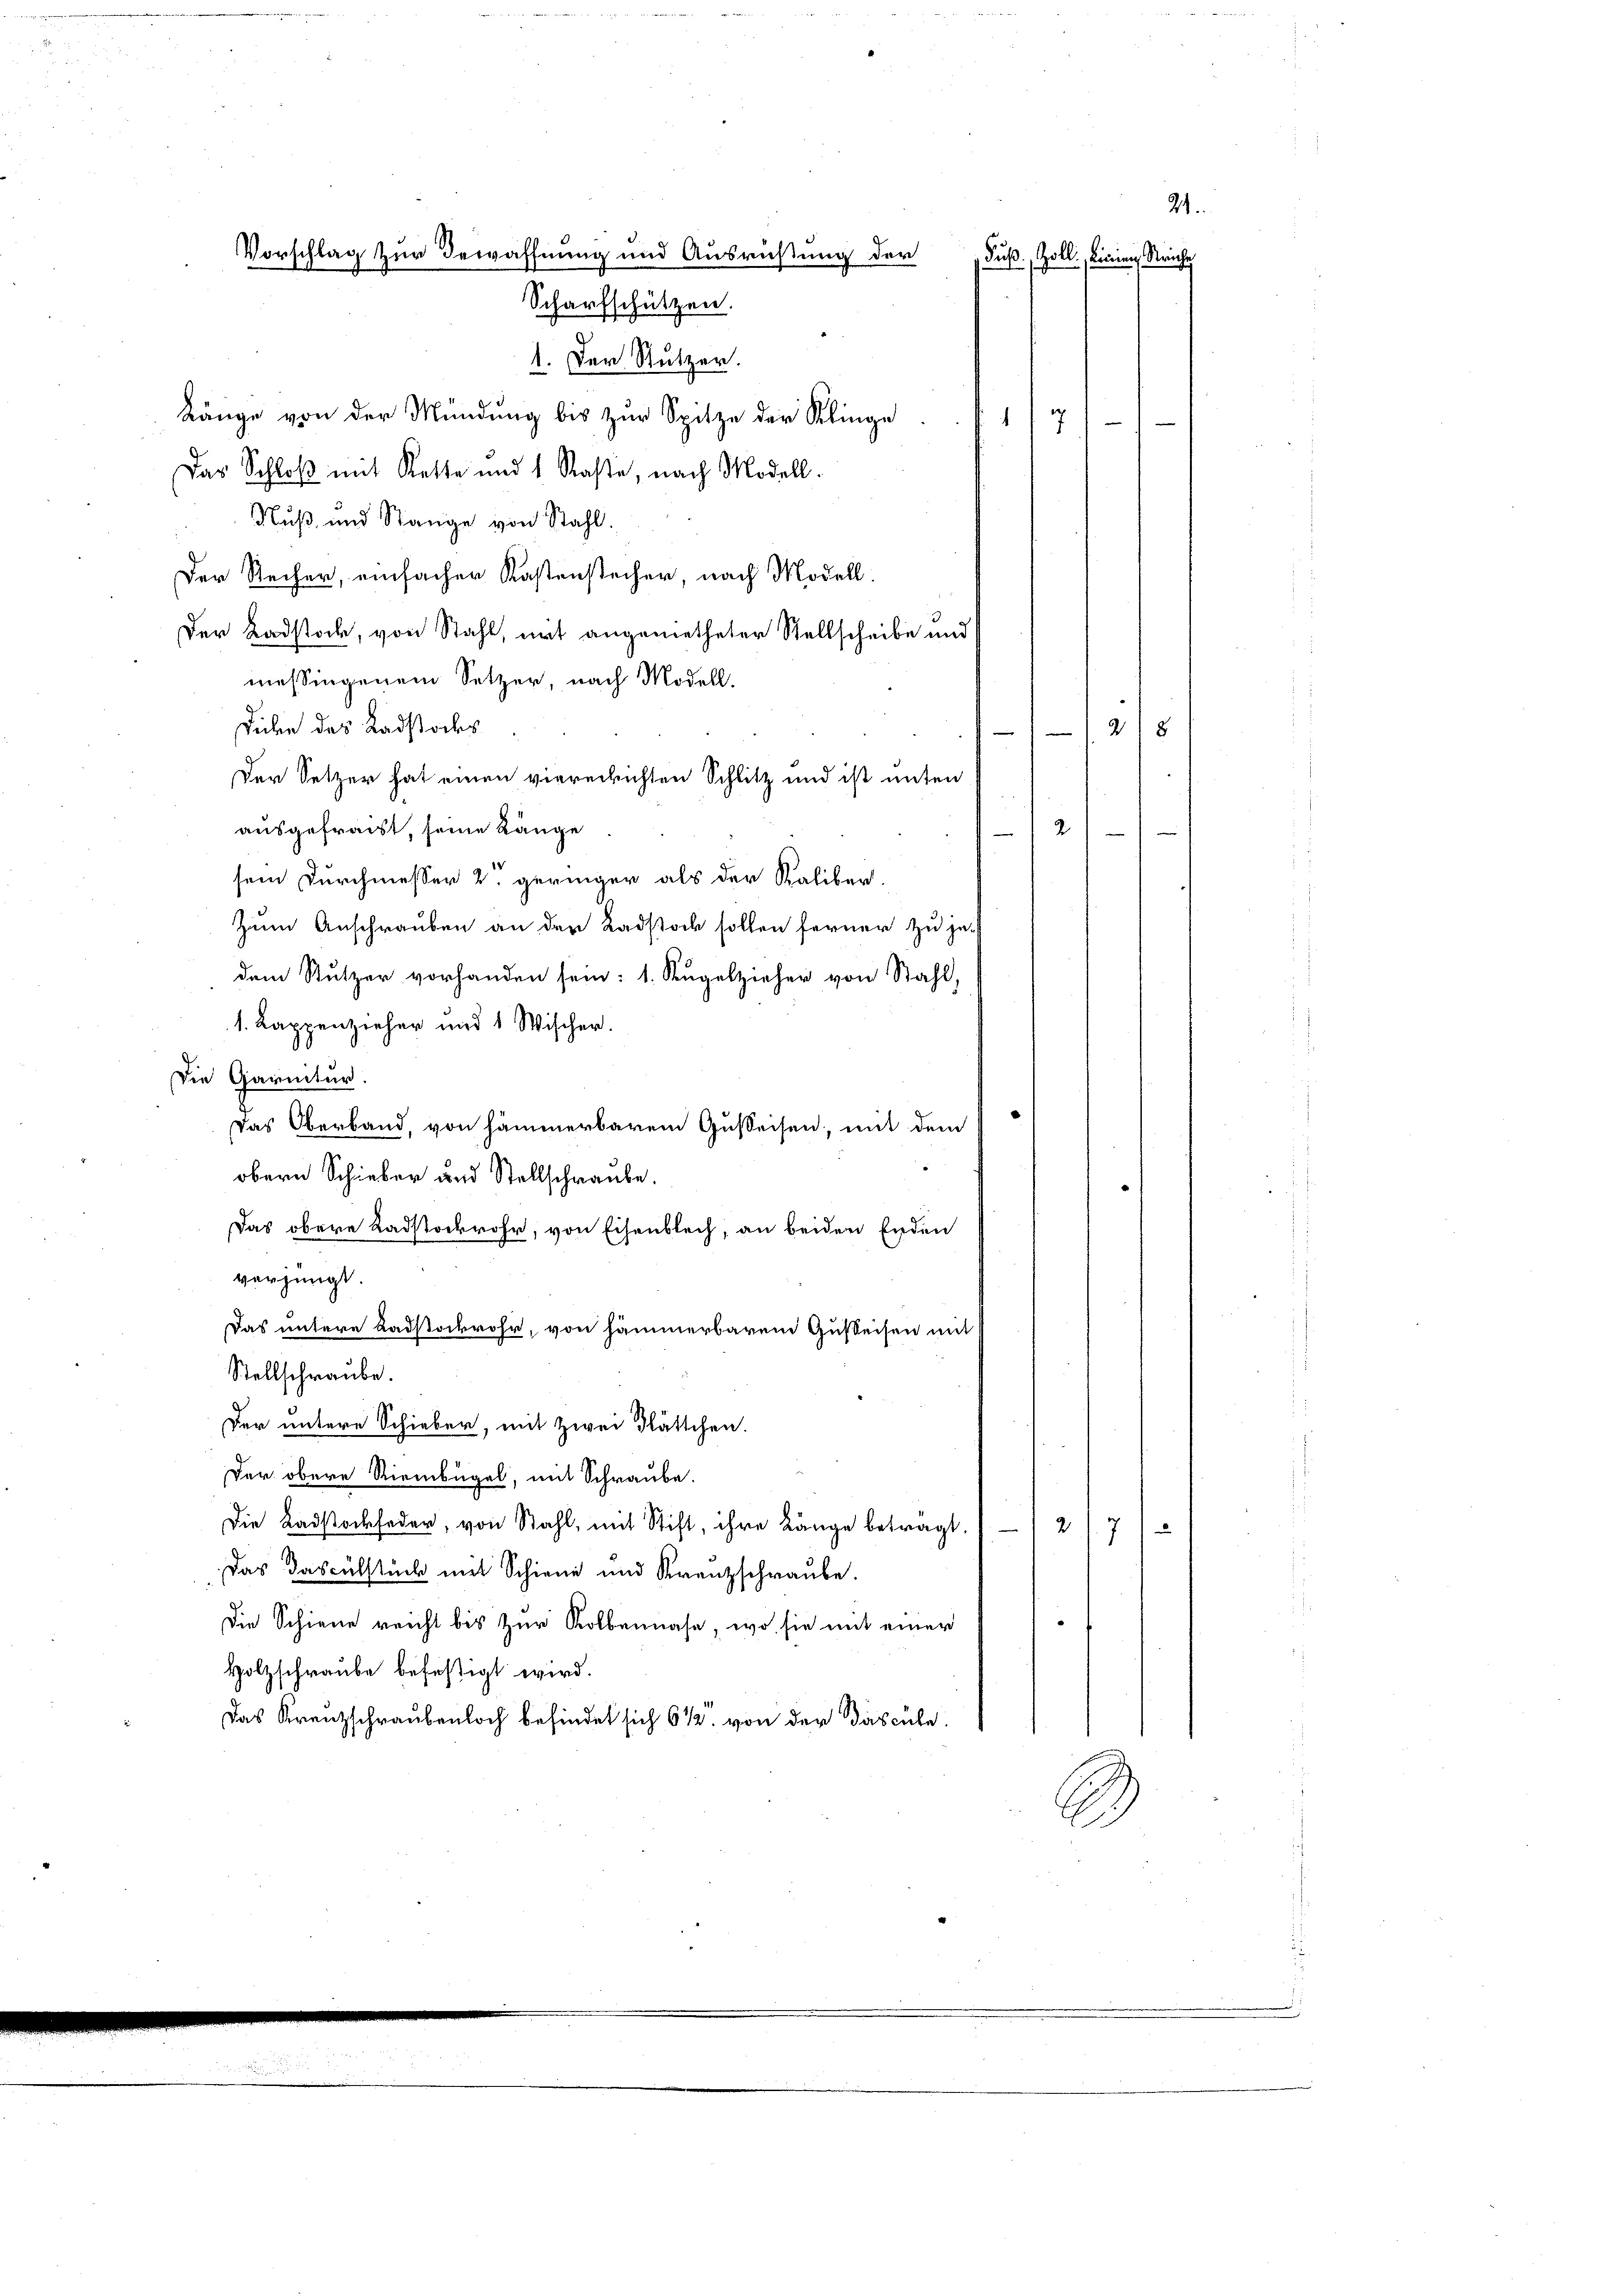
Das Schloß mit Kette und 1 Raste, nach Modell.
Nuß- und Stange von Stahl.
.
Der Recher, einfacher Kastenstecher, nach Modell
Der Badstock, von Stahl, mit angemetheter Stellscheibe und
messingenem Setzer, nach Modell.
Dicen des Radstockes
215
Der Setzer hat einen viererrichten Schlitz und ist unten
ausgefracht, seine Länge
2
sein Durchmesser 2. geringer als der Kaliber.
Zum Anschrauben an der Radstock sollen ferner zu jedem Stutzer vorhanden sein: 1. Kugelzieher von Stahl,
1. Kappenzieher und 1 Wischer.
Die Garnitur.
Das Oberband, von sämmerbarem Gusteisen, mit dem
obern Schieber und Stellschraube.
Das obere Kadstokrohr, von Eisenblech, an beiden Enden
verzeugt.
Das untere Badstockrohr, von hämmerbarem Gusteisen mit
Stellschraube.
Der untere Schieber, mit Zwei Plättchen.
Der obere Riembügel, mit Schraube.
Die Badstockfeder, von Stahl, mit Stift, ihre Länge betragt.
2
72
Das Dasculstück mit Schiene und Krenzschraube.
Die Schiene reicht bis zur Kolbeinahe, wo sie mit einer
Holzschraube befestigt wird.
Das Krenzschraubenloch befindet sich 6 1/2. von der das übe
E

24.
VVorschlag zur Bewaffnung und Ausrüstung der
Fuß. Zolli, Linien, Manche
Scharfschützen.
1. Der Nutzer.
Länge von der Mündung bis zur Spitze der Klinge
1